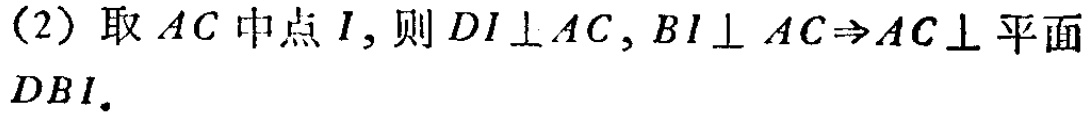
(2) 取 \(AC\) 中点 \(I\)，则 \(DI\perp AC,BI\perp AC\Rightarrow AC\perp\) 平面 \(DBI\).